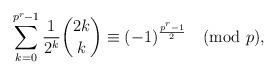
LaTeX: \begin{align*}\sum_{k=0}^{p^r-1}\frac{1}{2^k}{2k\choose k}\equiv (-1)^{\frac{p^r-1}{2}}\pmod{p},\end{align*}